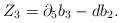
\begin{align*}Z_3 = \partial_5 b_3 - db_2. \end{align*}